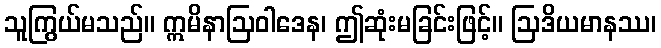
သူကြွယ်မသည်။ ဣမိနာဩဝါဒေန၊ ဤဆုံးမခြင်းဖြင့်။ ဩဒိယမာနဿ၊